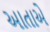
આતાએ